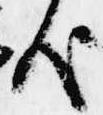
哉